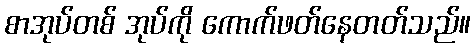
စာအုပ်တစ် အုပ်ကို ကောက်ဖတ်နေတတ်သည်။